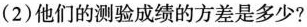
(2)他们的测验成绩的方差是多少?